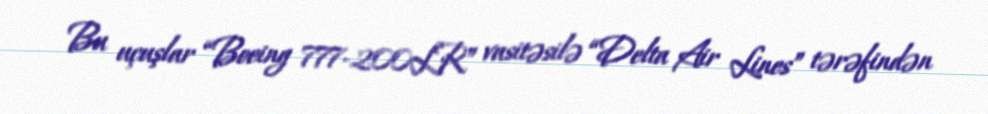
Bu uçuşlar “Boeing 777-200LR” vasitəsilə “Delta Air Lines” tərəfindən